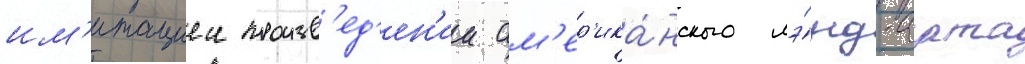
им'итациеи произв'ед'ен'ии ам'ер'ика́нского лэ́нд-арта